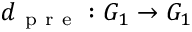
d _ { \mathrm { ~ p ~ r ~ e ~ } } : G _ { 1 } \to G _ { 1 }